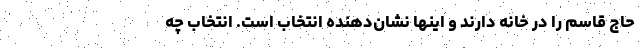
حاج قاسم را در خانه دارند و اينها نشان‌دهنده انتخاب است. انتخاب چه